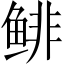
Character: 鲱